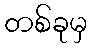
တစ်ခုမှ